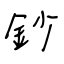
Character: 鈔